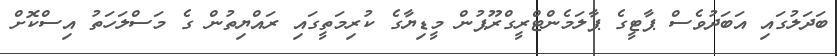
ބަދަލުގައި އަބަދުވެސް ޕާޓީގެ ޕާލަމެންޓްރީގްރޫޕުން މީޑިޔާގެ ކުރިމަތީގައި ރައްޔިތުން ގެ މަސްލަހަތު އިސްކޮށް